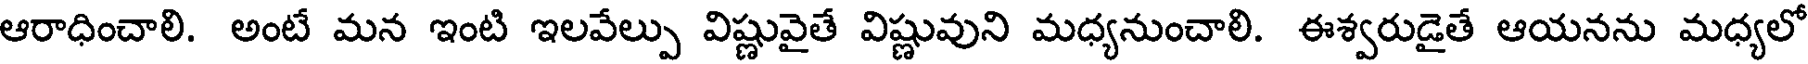
ఆరాధించాలి. అంటే మన ఇంటి ఇలవేల్పు విష్ణువైతే విష్ణువుని మధ్యనుంచాలి. ఈశ్వరుడైతే ఆయనను మధ్యలో